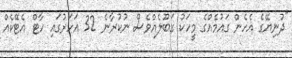
"ދުނިޔޭގެ އެހެން ގައުމެއްގެ މީހަކު ގަބޫލެއްވެސް ނުކުރާނެ 32 އަހަރުގައި ހާޓް އެޓޭކެއް